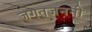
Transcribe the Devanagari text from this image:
जगत्‌जननी